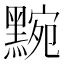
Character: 黦